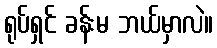
ရုပ်ရှင် ခန်းမ ဘယ်မှာလဲ။